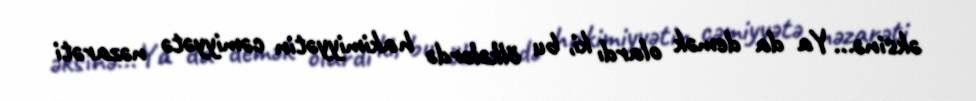
əksinə... Ya da demək olardı ki, bu ölkələrdə hakimiyyətin cəmiyyətə nəzarəti